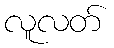
လူလတ်